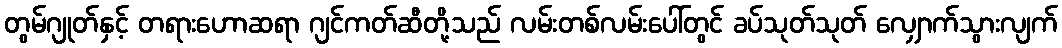
တွမ်ဂျုတ်နှင့် တရားဟောဆရာ ဂျင်ကတ်ဆီတို့သည် လမ်းတစ်လမ်းပေါ်တွင် ခပ်သုတ်သုတ် လျှောက်သွားလျက်